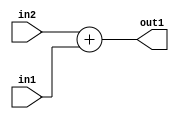
`timescale 1ps / 1ps
/*****************************************************************************
    Verilog RTL Description
    
    
    Created by: Stratus DpOpt 2019.1.01 
*******************************************************************************/

module feature_write_addr_gen_Add_3Ux1U_3U_1 (
	in2,
	in1,
	out1
	); /* architecture "behavioural" */ 
input [2:0] in2;
input  in1;
output [2:0] out1;
wire [2:0] asc001;

assign asc001 = 
	+(in2)
	+(in1);

assign out1 = asc001;
endmodule

/* CADENCE  ubD3TQo= : u9/ySgnWtBlWxVPRXgAZ4Og= ** DO NOT EDIT THIS LINE ******/